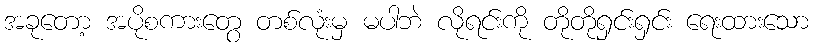
အခုတော့ အပိုစကားတွေ တစ်လုံးမှ မပါဘဲ လိုရင်းကို တိုတိုရှင်းရှင်း ရေးထားသော